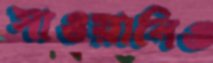
সাওয়ানিও